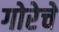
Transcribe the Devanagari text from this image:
गोरेचे